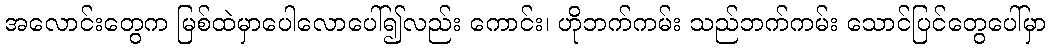
အလောင်းတွေက မြစ်ထဲမှာပေါလောပေါ်၍လည်း ကောင်း၊ ဟိုဘက်ကမ်း သည်ဘက်ကမ်း သောင်ပြင်တွေပေါ်မှာ